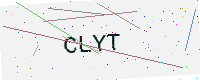
Text: CLYT